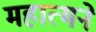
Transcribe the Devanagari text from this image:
महात्मने